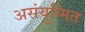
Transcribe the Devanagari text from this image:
असंयुग्मित